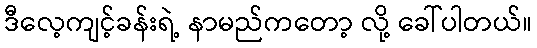
ဒီလေ့ကျင့်ခန်းရဲ့ နာမည်ကတော့ လို့ ခေါ်ပါတယ်။